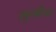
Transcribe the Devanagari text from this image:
सुर्व्यांचा